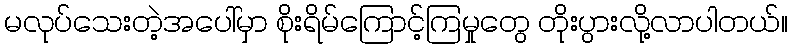
မလုပ်သေးတဲ့အပေါ်မှာ စိုးရိမ်ကြောင့်ကြမှုတွေ တိုးပွားလို့လာပါတယ်။